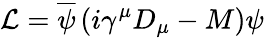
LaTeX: {\cal L}=\overline{{{\psi}}}\left(i\gamma^{\mu}D_{\mu}-M\right)\psi